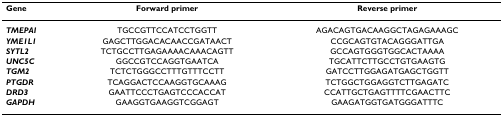
<table><thead><tr><td><b>Gene</b></td><td><b>Forward primer</b></td><td><b>Reverse primer</b></td></tr></thead><tbody><tr><td><b><i>TMEPAI</i></b></td><td>TGCCGTTCCATCCTGGTT</td><td>AGACAGTGACAAGGCTAGAGAAAGC</td></tr><tr><td><b><i>YME1L1</i></b></td><td>GAGCTTGGACACAACCGATAACT</td><td>CCGCAGTGTACAGGGATTGA</td></tr><tr><td><b><i>SYTL2</i></b></td><td>TCTGCCTTGAGAAAACAAACAGTT</td><td>GCCAGTGGGTGGCACTAAAA</td></tr><tr><td><b><i>UNC5C</i></b></td><td>GGCCGTCCAGGTGAATCA</td><td>TGCATTCTTGCCTGTGAAGTG</td></tr><tr><td><b><i>TGM2</i></b></td><td>TCTCTGGGCCTTTGTTTCCTT</td><td>GATCCTTGGAGATGAGCTGGTT</td></tr><tr><td><b><i>PTGDR</i></b></td><td>TCAGGACTCCAAGGTGCAAAG</td><td>TCTGGCTGGAGGTCTTGAGATC</td></tr><tr><td><b><i>DRD3</i></b></td><td>GAATTCCCTGAGTCCCACCAT</td><td>CCATTGCTGAGTTTTCGAACTTC</td></tr><tr><td><b><i>GAPDH</i></b></td><td>GAAGGTGAAGGTCGGAGT</td><td>GAAGATGGTGATGGGATTTC</td></tr></tbody></table>